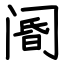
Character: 阍